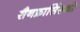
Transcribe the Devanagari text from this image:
सैनफ्रासिंस्को